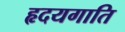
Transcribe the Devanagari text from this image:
हृदयगाति